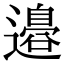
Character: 邉